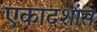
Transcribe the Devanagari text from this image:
एकादशांस